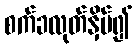
စက်ခလုတ်နှိပ်၍